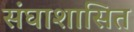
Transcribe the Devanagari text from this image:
संघाशासित